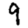
Digit: 9